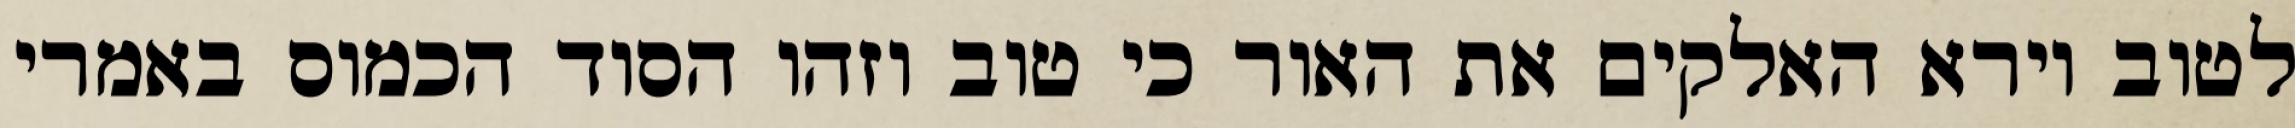
לטוב וירא האלקים את האור כי טוב וזהו הסוד הכמוס באמרי